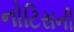
નોટિસની